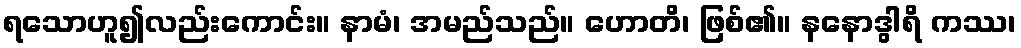
ရသောဟူ၍လည်းကောင်း။ နာမံ၊ အမည်သည်။ ဟောတိ၊ ဖြစ်၏။ နနောဒွါရိ ကဿ၊